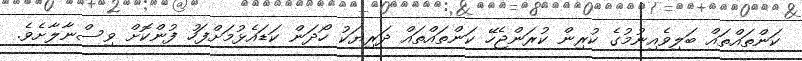
ކަންތައްތައް ބަލިވެއިނުމުގެ ކުރިން ކުރަންޖެހޭ ކަންތައްތައް ދަރިޔަކު ހޯދަން ކަޑައެޅުމަށްފަހު ފުންކޮށް ވިސްނާލާށެވެ.